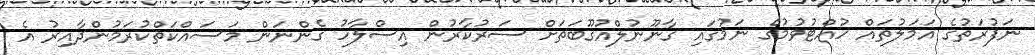
ނަފުރަތުގެ އަމަލުތައް ހުއްޓުވުމުގެ ނަމުގައި ގާނޫނުލްއުގޫބަތަށް ސަރުކާރުން އިސްލާހު ގެންނަން މަސައްކަތްކުރަމުންދާއިރު އެ